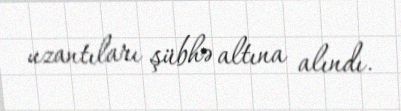
uzantıları şübhə altına alındı.